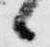
候